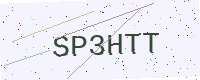
Text: SP3HTT